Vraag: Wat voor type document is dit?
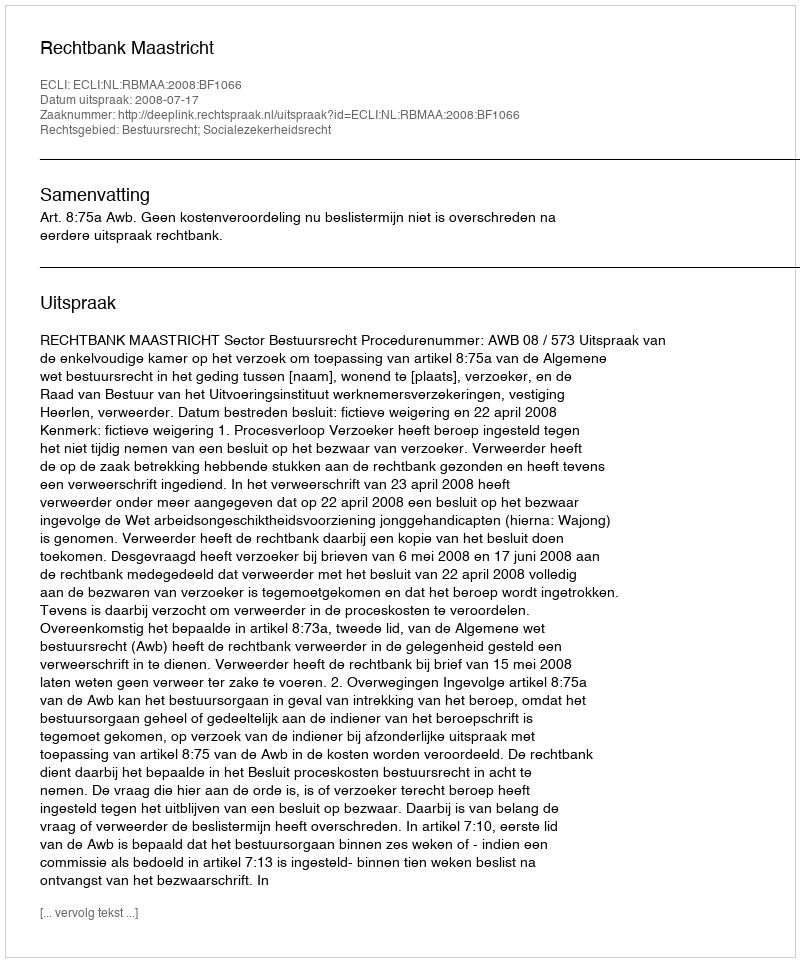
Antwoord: Uitspraak